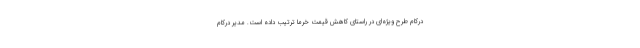
درکام طرح ویژه‌ای در راستای کاهش قیمت خرما ترتیب داده است. مدیر درکام